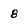
Character: 8